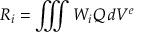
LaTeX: R _ { i } = \iiint W _ { i } Q \, d V ^ { e }